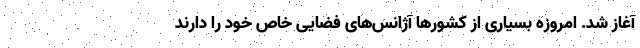
آغاز شد. امروزه بسیاری از کشورها آژانس‌های فضایی خاص خود را دارند